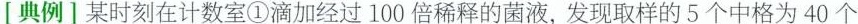
[典例]某时刻在计数室①滴加经过100倍稀释的菌液，发现取样的5个中格为40个